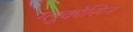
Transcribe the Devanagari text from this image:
ग्लुकोसिन